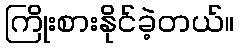
ကြိုးစားနိုင်ခဲ့တယ်။